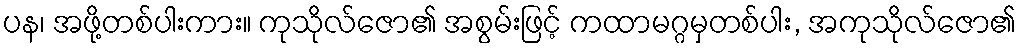
ပန၊ အဖို့တစ်ပါးကား။ ကုသိုလ်ဇော၏ အစွမ်းဖြင့် ကထာမဂ္ဂမှတစ်ပါး, အကုသိုလ်ဇော၏